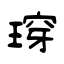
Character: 瑏